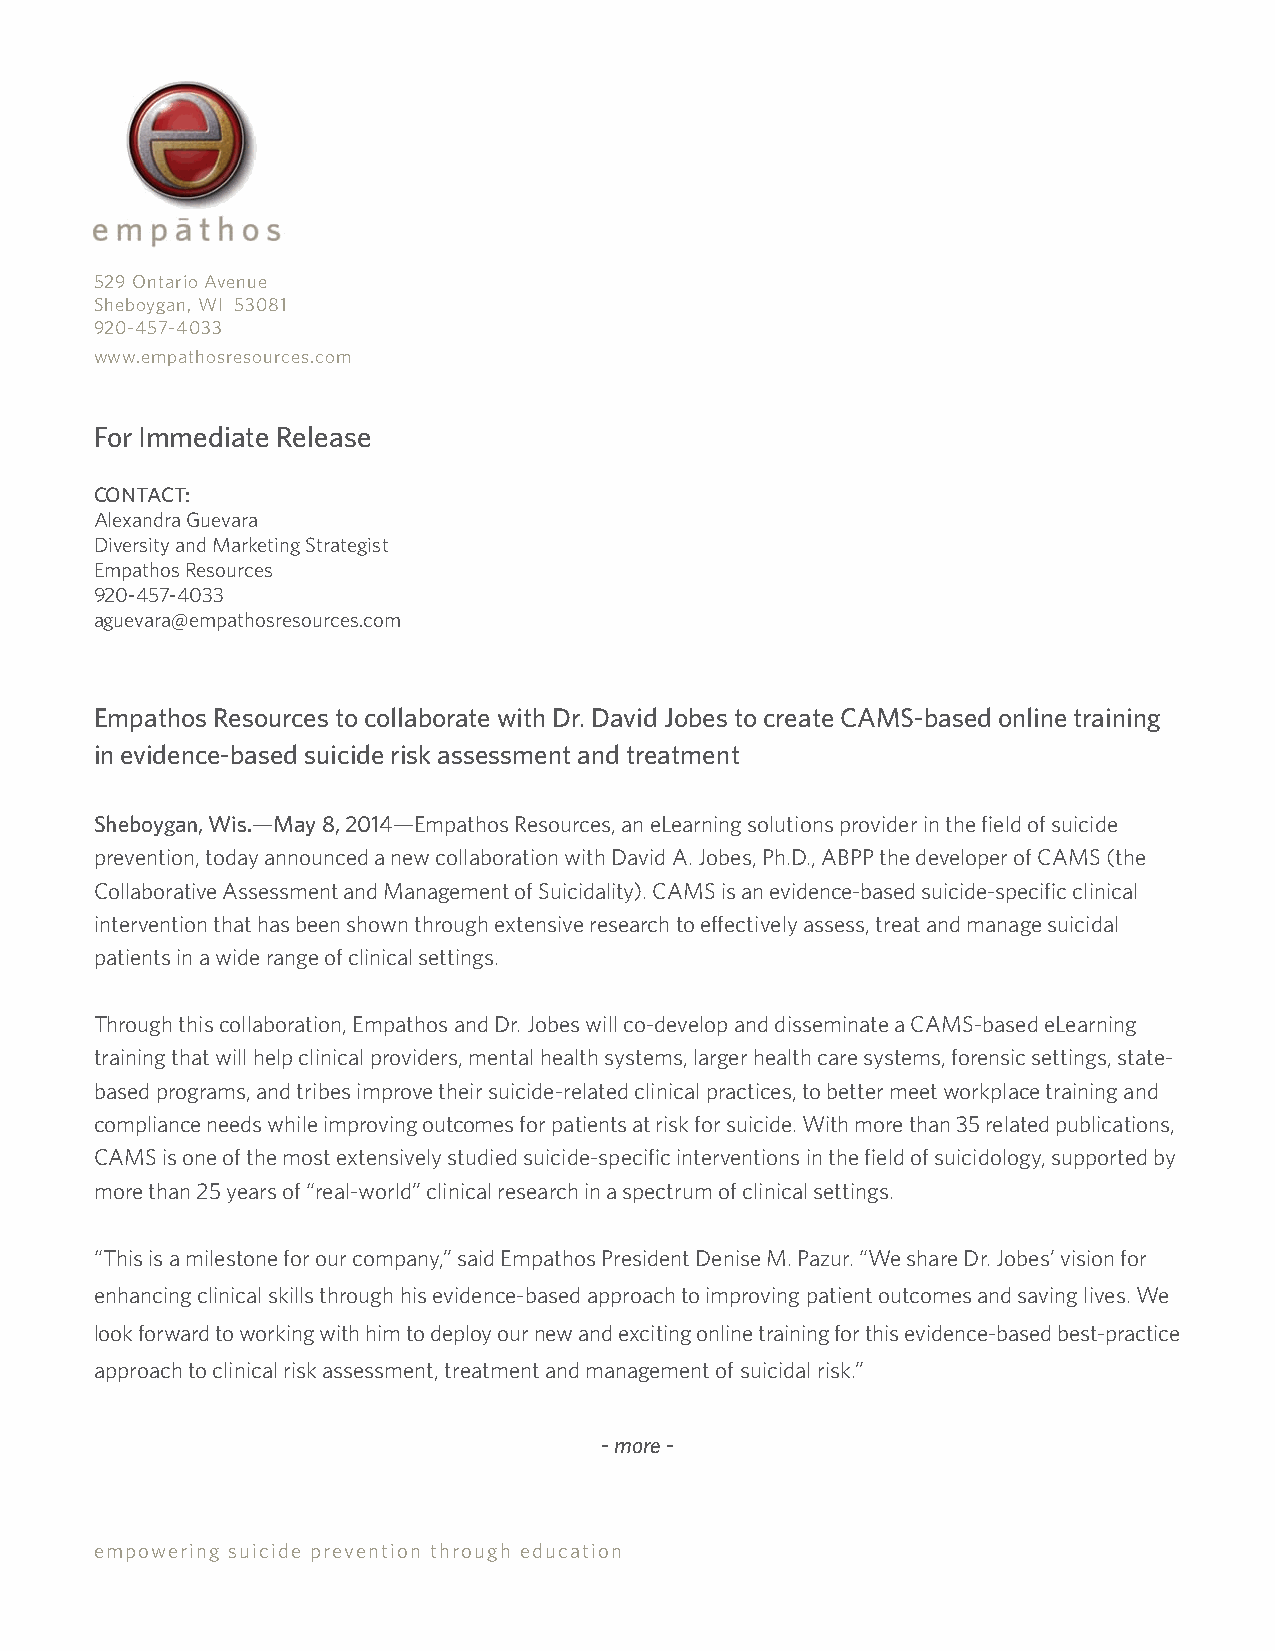
529 Ontario Avenue
 Sheboygan, WI 53081
 920-457-4033
 www.empathosresources.com
 For Immediate Release
 CONTACT:
 Alexandra Guevara
 Diversity and Marketing Strategist
 Empathos Resources
 920-457-4033
 aguevara@empathosresources.com
 Empathos Resources to collaborate with Dr. David Jobes to create CAMS-based online training
 in evidence-based suicide risk assessment and treatment
 Sheboygan, Wis.—May 8, 2014—Empathos Resources, an eLearning solutions provider in the field of suicide
 prevention, today announced a new collaboration with David A. Jobes, Ph.D., ABPP the developer of CAMS (the
 Collaborative Assessment and Management of Suicidality). CAMS is an evidence-based suicide-specific clinical
 intervention that has been shown through extensive research to effectively assess, treat and manage suicidal
 patients in a wide range of clinical settings.
 Through this collaboration, Empathos and Dr. Jobes will co-develop and disseminate a CAMS-based eLearning
 training that will help clinical providers, mental health systems, larger health care systems, forensic settings, state-
 based programs, and tribes improve their suicide-related clinical practices, to better meet workplace training and
 compliance needs while improving outcomes for patients at risk for suicide. With more than 35 related publications,
 CAMS is one of the most extensively studied suicide-specific interventions in the field of suicidology, supported by
 more than 25 years of “real-world” clinical research in a spectrum of clinical settings.
 “This is a milestone for our company,” said Empathos President Denise M. Pazur. “We share Dr. Jobes’ vision for
 enhancing clinical skills through his evidence-based approach to improving patient outcomes and saving lives. We
 look forward to working with him to deploy our new and exciting online training for this evidence-based best-practice
 approach to clinical risk assessment, treatment and management of suicidal risk.”
 - more -
 empowering suicide prevention through education